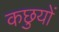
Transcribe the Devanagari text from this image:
कछुयों